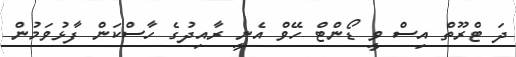
ދަ ޓްރޫތް އިސް ވީ ޑޯންޓް ހޭވް އެނީ ރާއިދުގެ ހާސްކަން ފާޅުވަމުން